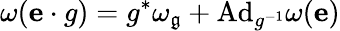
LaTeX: \omega({\mathbf{e}}\cdot g)=g^{*}\omega_{\mathfrak{g}}+{\mathrm{Ad}}_{g^{-1}}\omega(\mathbf{e})